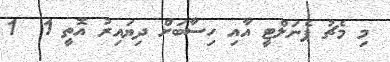
މި މެޗު ޕެނަލްޓީ އާއި ހިސާބަށް ދިޔައިރު އޮތީ 1  1